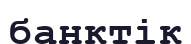
банктік